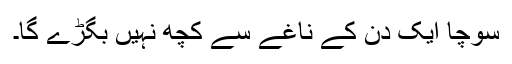
سوچا ایک دن کے ناغے سے کچھ نہیں بگڑے گا۔